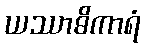
ယဿာဓိကာရံ